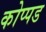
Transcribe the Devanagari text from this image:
कोप्पड